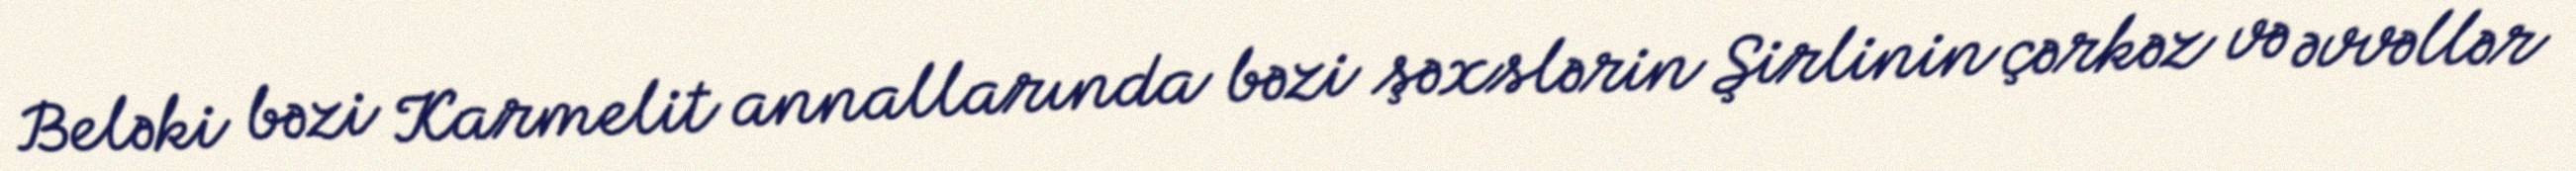
Beləki bəzi Karmelit annallarında bəzi şəxslərin Şirlinin çərkəz və əvvəllər